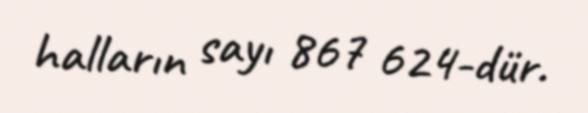
halların sayı 867 624-dür.